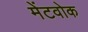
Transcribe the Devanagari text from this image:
मेंटवोक